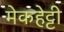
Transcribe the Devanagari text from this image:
मेकहेट्टी